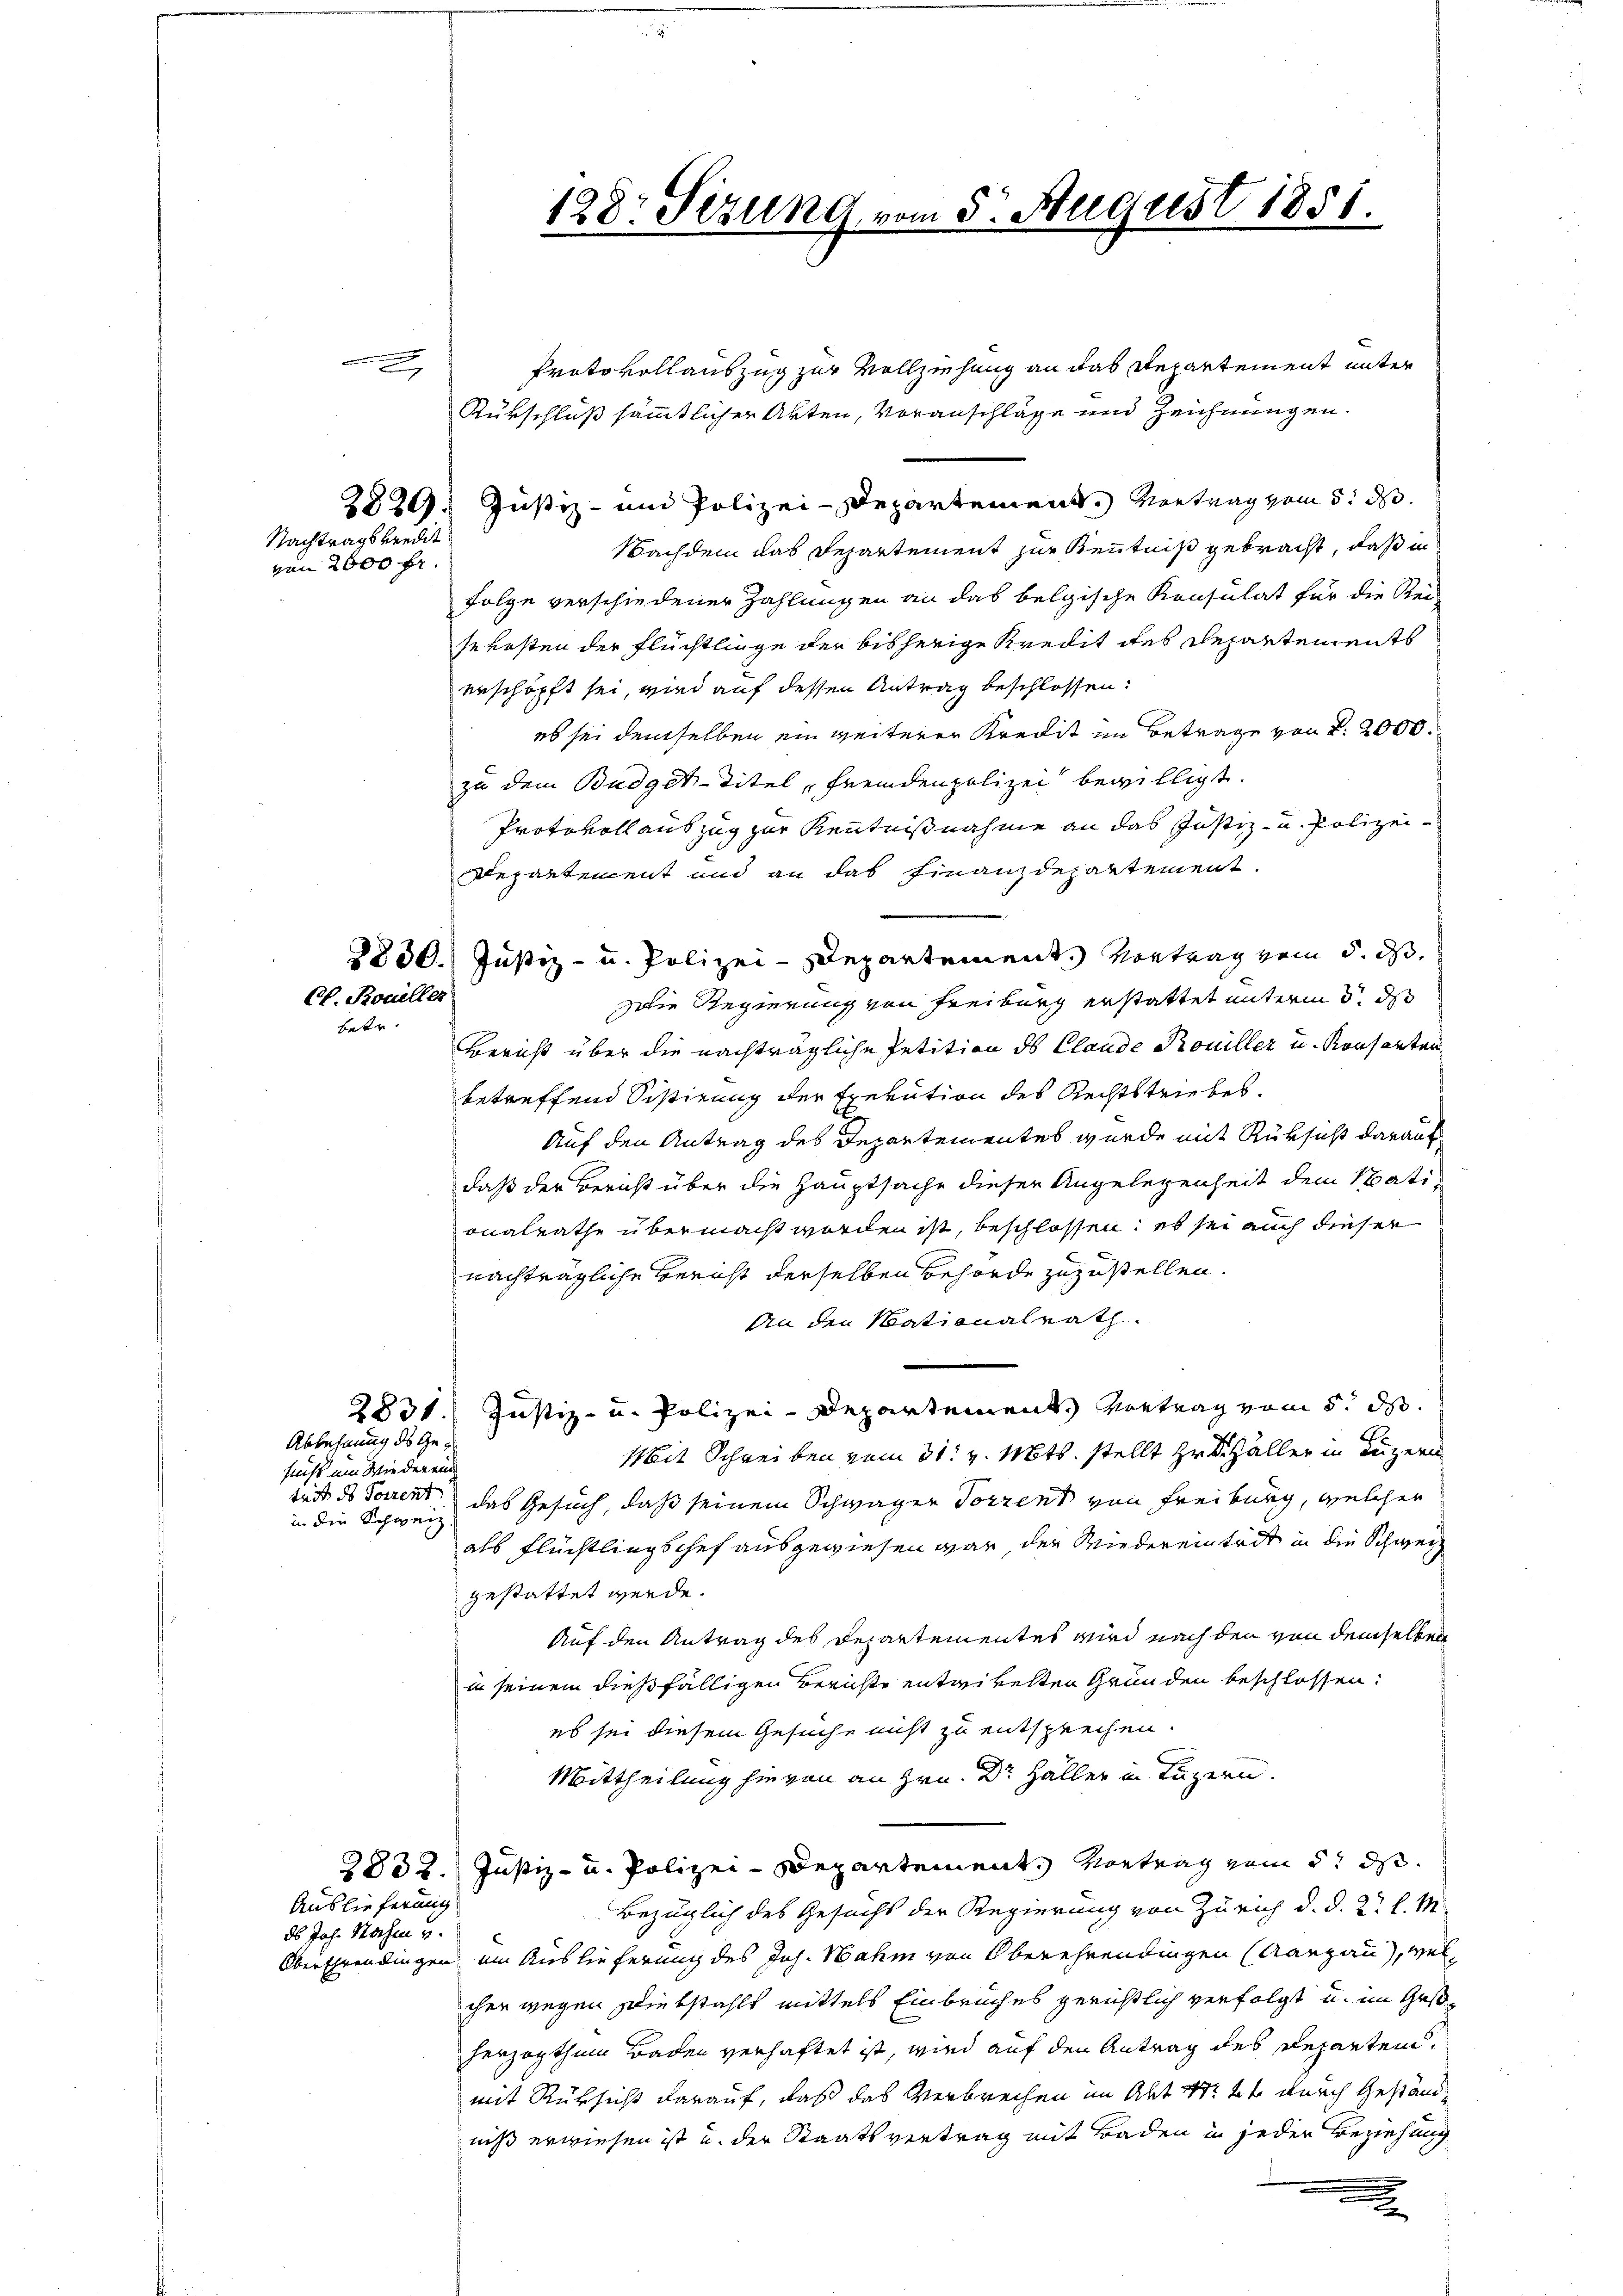
x

Ct. Rouiller
betr.

3820.
Nachtragskredit
von 2000 fr.

Ablehnung des Gesucht um Wieder ein
teit des Torrent
in die Schweiz.

Auslieferung
ds Joh. Nachen u.

2832.

Protokollauszug zur Vollziehung an das Departement unter
Rükschluß sämmtlicher Akten, Voranschläge und Zeichnungen.
Justiz- und Polizei-Departement. Vertrag vom 5. d.
Nachdem das Departement zur Kenntniß gebracht, daß in
Folge verschiedener Zahlungen an das belgische Konsulat für die Reisekosten der Flüchtlinge der bisherige Kredit des Departements
erschöpft sei, wird auf dessen Antrag beschlossen:
es sei demselben ein weiterer Kredit im Betrage von §. 2000.
zu dem Budget-Titel, Fremdenpolizei bewilligt.
Protokollauszug zur Kenntnißnahme an das Justiz- u. Polizei¬
Departement und an das Finanzdepartement.
2830. Justiz- u. Polizei-Departement. Vortrag vom 5. d.
Die Regierung von Freiburg erstattet unterm 5. ds
Bericht über die nachträgliche Petition des Claude Trouiller u. Konferten
betreffend Sistirung der Exekution des Rechtstriebes.
Auf den Antrag des Departementes wurde mit Rüksicht darauf
daß der Bericht über die Hauptsache dieser Angelegenheit dem Nationalrathe übermacht worden ist, beschlossen, es sei auch dieser
nachträgliche Gericht derselben Behörde zuzustellen.
An den Mationalrath
2831. Justiz- u. Polizei-Departement. Vortrag vom 5. ds.
Mit Schreiben vom 31. v. Mts. stellt zu Haller in Luzern
das Gesuch, daß seinem Schwager Torrent von Freiburg, welcher
als Flüchtlingschef ausgewiesen war, der Wiedereintrit in die Schweiz
gestattet werde.
Auf den Antrag des Departementes wird nach den von demselben
in seinem dießfälligen Berichte entwickelten Gründen beschlossen:
es sei diesem Gesuche nicht zu entsprechen.
Mittheilung hievon an Hrn. Dr. Haller in Luzern.
Justiz- u. Polizei-Departements Vortrag vom 5t d.
Bezüglich des Gesucht der Regierung von Zürich d. d. 2. l. M.
Oberschrendingen um Auslieferung des Joh. Wahm von Oberehrendingen (Aargau, wel
cher wegen Diebstahlt mittels Einbruches gerichtlich verfolgt u. im Gesherzogthum Baden verhaftet ist, wird auf den Antrag des Reparten,
mit Rüksicht darauf, daß das Verbrechen im Abt 14 t durch Geständniß erwiesen ist u. der Staatsvertrag mit Baden in jeder Beziehung
.

128: Sezung vom 5. August 1851.